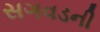
સગવડની